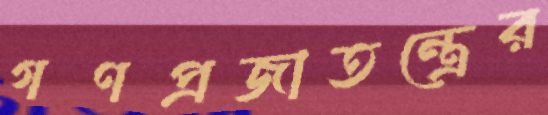
গণপ্রজাতন্ত্রের